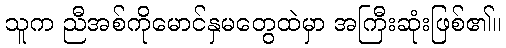
သူက ညီအစ်ကိုမောင်နှမတွေထဲမှာ အကြီးဆုံးဖြစ်၏။